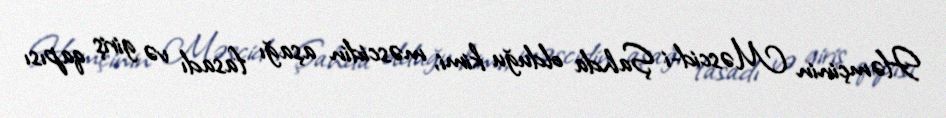
Həmçinin Məscid-i Şahda olduğu kimi, məscidin aşağı fasadı və giriş qapısı